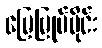
မြေမြုပ်မိုင်း